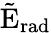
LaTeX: \tilde{\mathrm{{E}}}_{\mathrm{{rad}}}